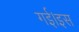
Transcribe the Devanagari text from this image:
गई।इस